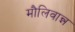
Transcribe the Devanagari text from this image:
मौलिवान्न